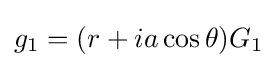
g_{1}=(r+ia\cos \theta )G_{1}